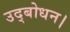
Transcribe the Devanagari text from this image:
उद्बोधन।